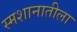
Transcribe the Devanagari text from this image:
स्मशानातीला